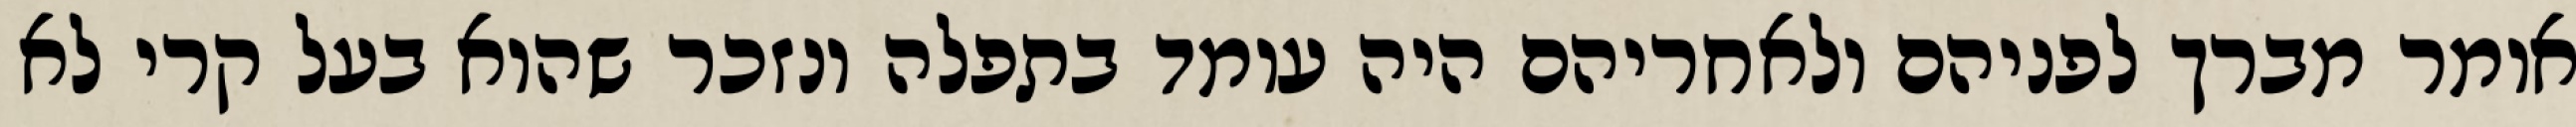
אומר מברך לפניהם ולאחריהם היה עומד בתפלה ונזכר שהוא בעל קרי לא